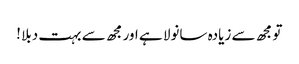
تو مجھ سے زیادہ سانولا ہے اور مجھ سے بہت دبلا !